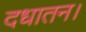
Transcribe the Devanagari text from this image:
दधातन।